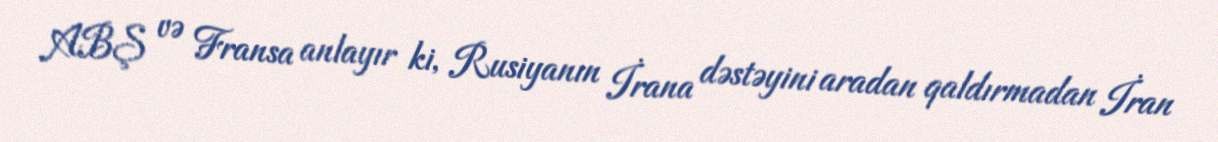
ABŞ və Fransa anlayır ki, Rusiyanın İrana dəstəyini aradan qaldırmadan İran